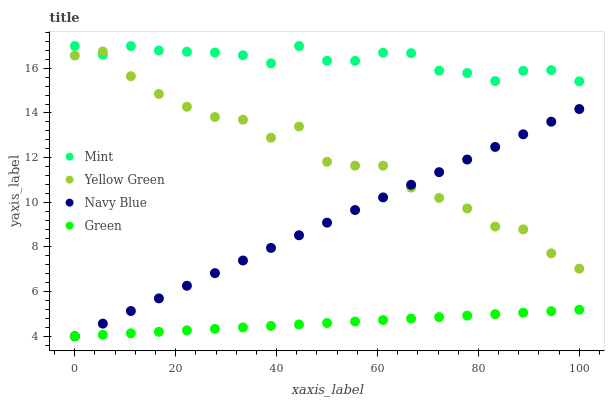
| xaxis_label | Mint | Yellow Green | Navy Blue | Green |
 | --- | --- | --- | --- | --- |
 | 0 | 17 | 16.6 | 4 | 4 |
 | 5.56 | 16.6 | 16.8 | 4.57 | 4.07 |
 | 11.1 | 17 | 15.6 | 5.13 | 4.13 |
 | 16.7 | 16.8 | 14.9 | 5.7 | 4.2 |
 | 22.2 | 16.7 | 14.3 | 6.26 | 4.26 |
 | 27.8 | 16.7 | 13.8 | 6.83 | 4.33 |
 | 33.3 | 16.6 | 13.7 | 7.39 | 4.4 |
 | 38.9 | 16.2 | 12.9 | 7.96 | 4.46 |
 | 44.4 | 17 | 13.4 | 8.52 | 4.53 |
 | 50 | 16.3 | 11.8 | 9.09 | 4.59 |
 | 55.6 | 16.3 | 11.6 | 9.65 | 4.66 |
 | 61.1 | 16.7 | 11.6 | 10.2 | 4.73 |
 | 66.7 | 16.7 | 10.7 | 10.8 | 4.79 |
 | 72.2 | 15.9 | 10.2 | 11.3 | 4.86 |
 | 77.8 | 15.8 | 9.73 | 11.9 | 4.92 |
 | 83.3 | 15.4 | 8.91 | 12.5 | 4.99 |
 | 88.9 | 15.9 | 8.79 | 13 | 5.06 |
 | 94.4 | 15.9 | 7.72 | 13.6 | 5.12 |
 | 100 | 15.4 | 7.03 | 14.2 | 5.19 |